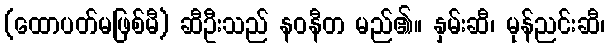
(ထောပတ်မဖြစ်မီ) ဆီဦးသည် နဝနီတ မည်၏။ နှမ်းဆီ၊ မုန်ညင်းဆီ၊